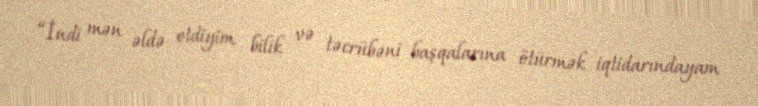
“İndi mən əldə etdiyim bilik və təcrübəni başqalarına ötürmək iqtidarındayam